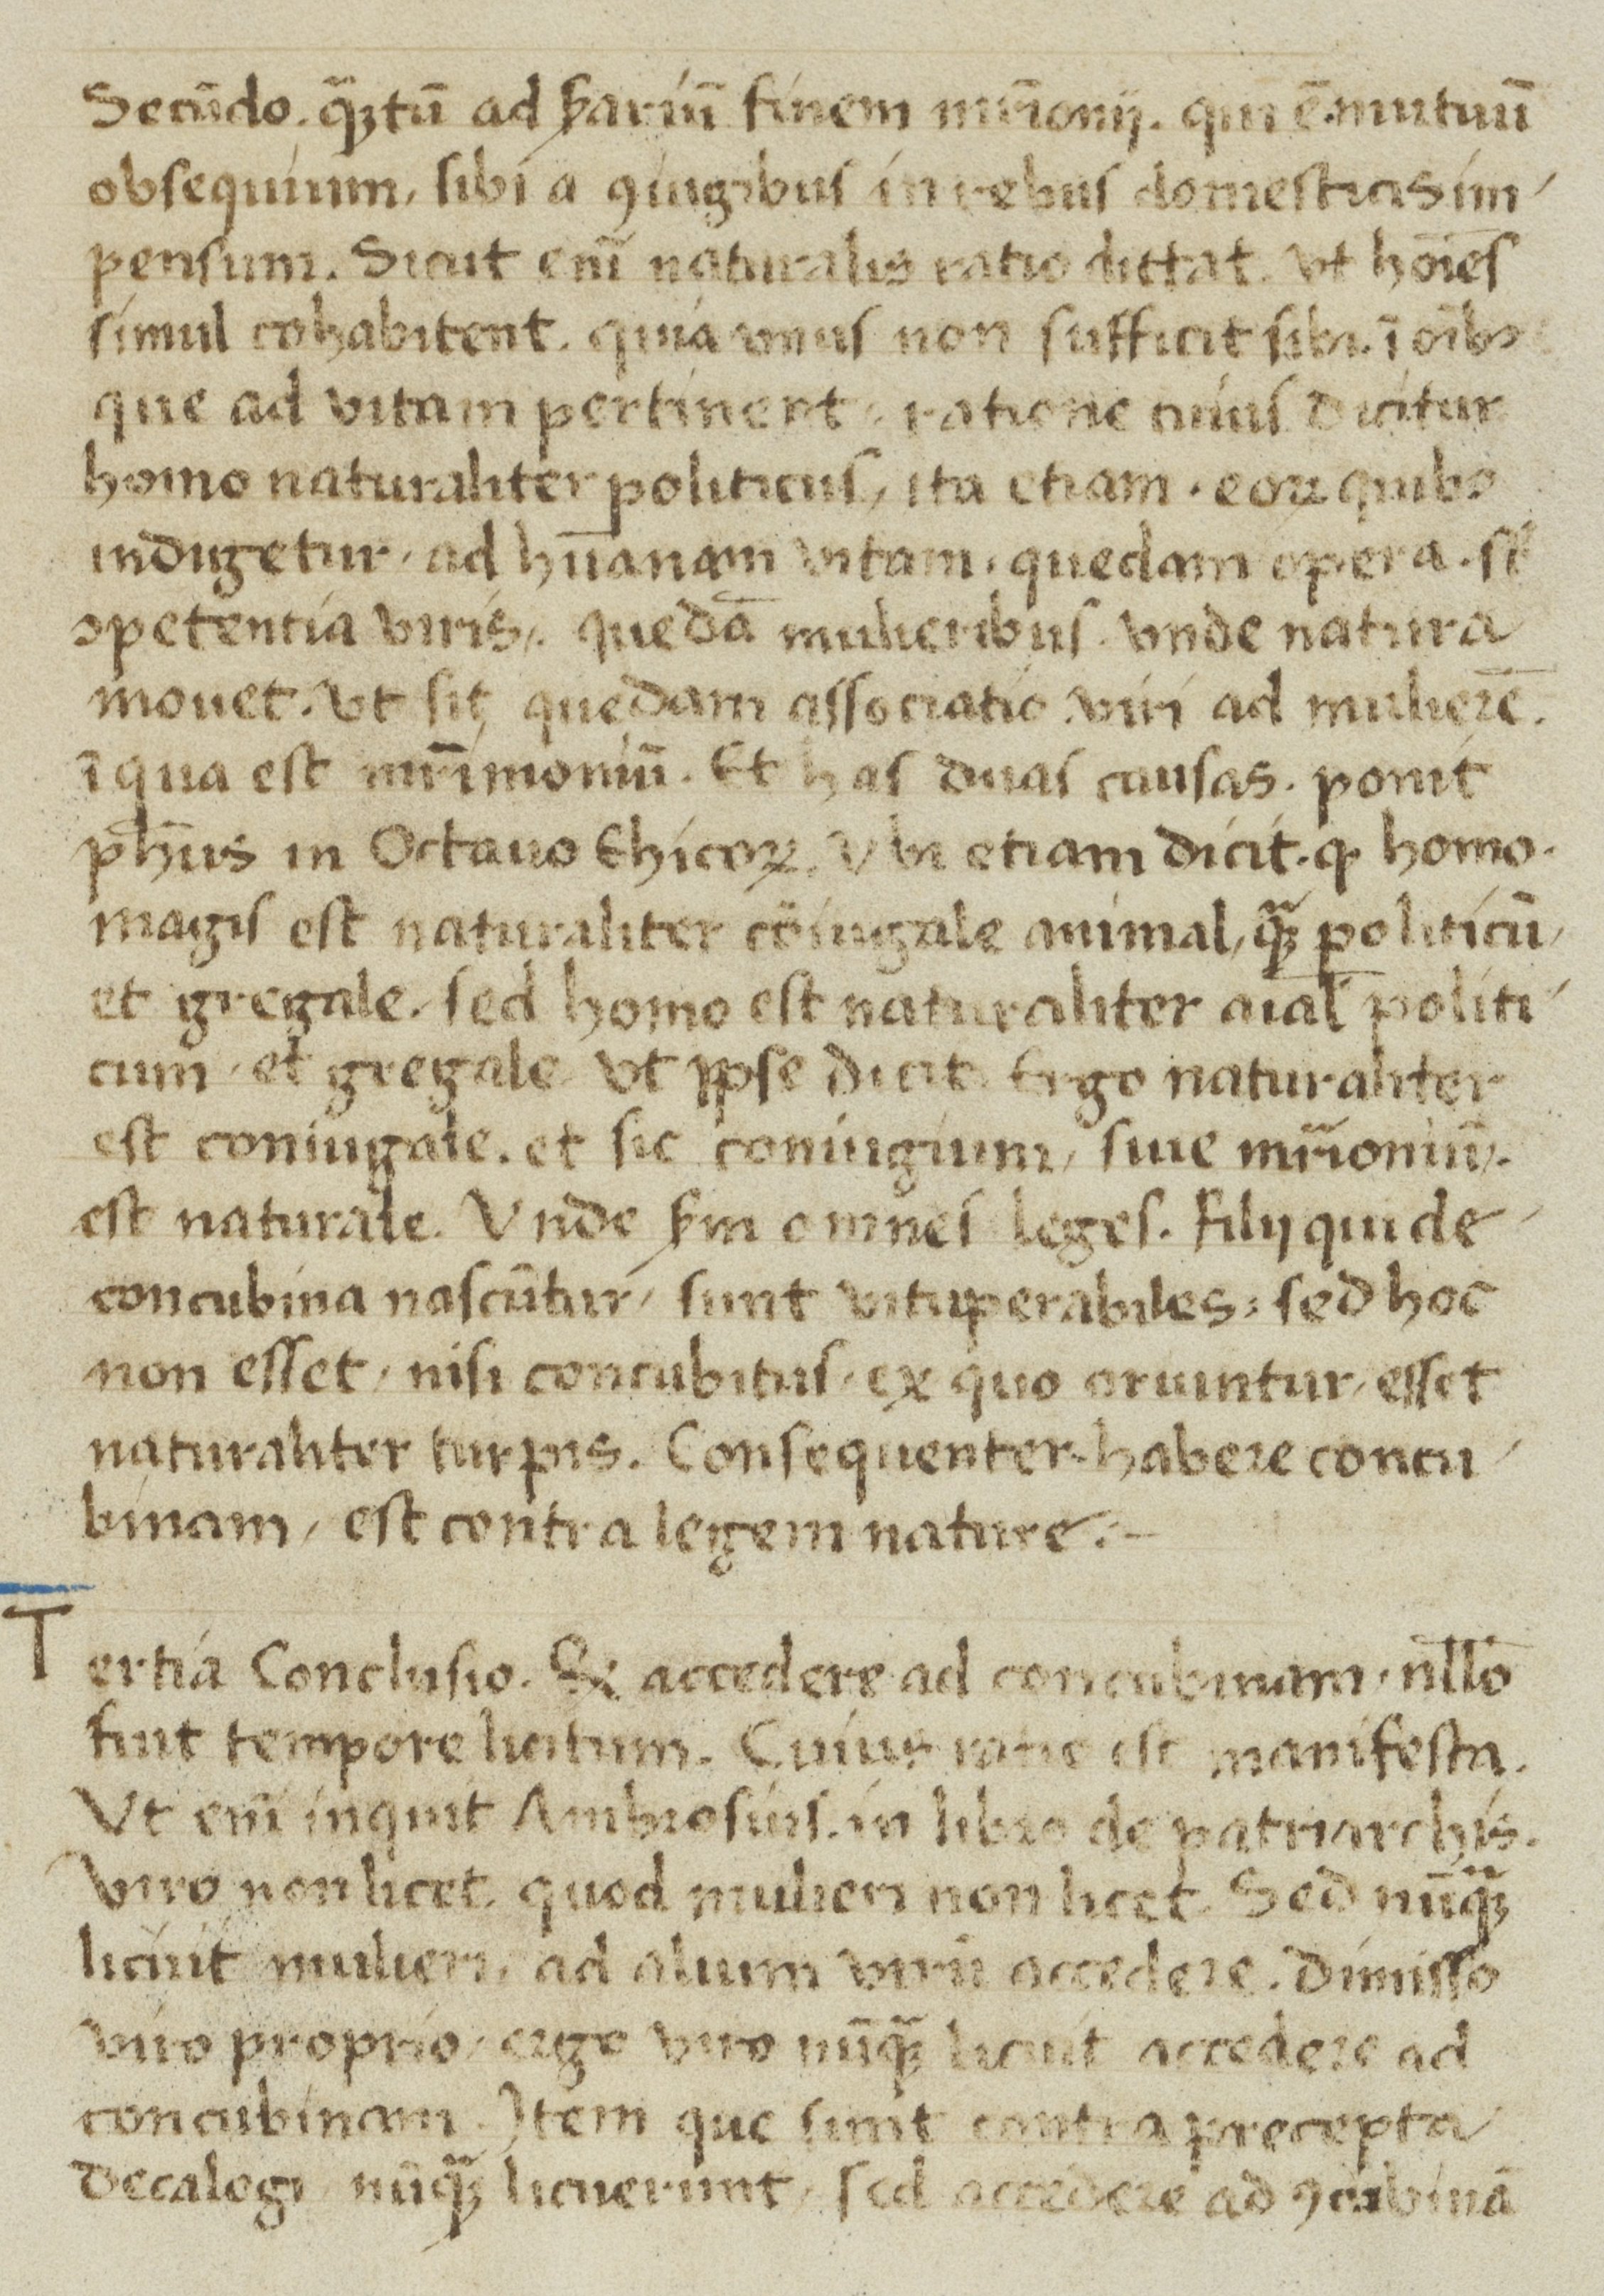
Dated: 1450–1499